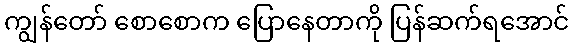
ကျွန်တော် စောစောက ပြောနေတာကို ပြန်ဆက်ရအောင်